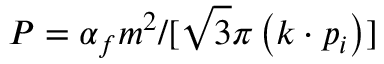
P = \alpha _ { f } m ^ { 2 } / [ \sqrt { 3 } \pi \left( k \cdot p _ { i } \right) ]